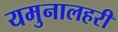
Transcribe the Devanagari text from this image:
यमुनालहरी